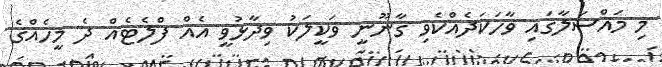
މި މައްސަލާގައި ވާހަކަދެއްކެވި ގާނޫނީ ވަކީލަކު ވިދާޅުވީ އެއް ފްލެޓެއް ދެ މީހެއްގެ